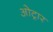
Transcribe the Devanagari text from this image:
ओट्रार